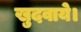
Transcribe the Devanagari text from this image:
खुदवाये।